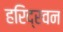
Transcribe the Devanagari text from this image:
हरिद्रवन